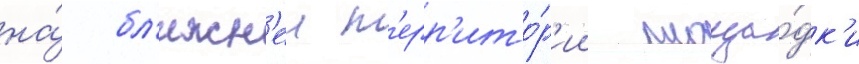
на́ бл'ижн'еи т'ерр'ито́р'ии площа́дк'и